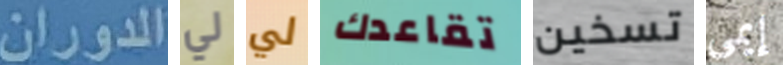
الدوران لي لي تقاعدك تسخين إيمي